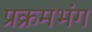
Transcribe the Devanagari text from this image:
प्रक्रमभंग